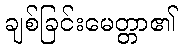
ချစ်ခြင်းမေတ္တာ၏